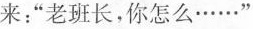
来：“老班长，你怎么……”